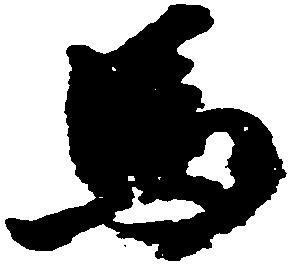
馬